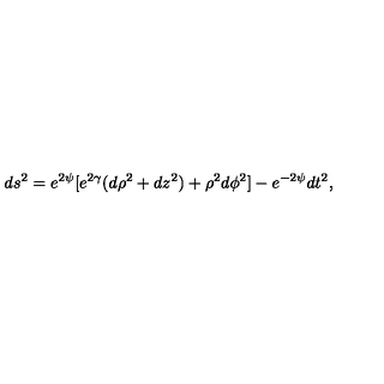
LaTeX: d s ^ { 2 } = e ^ { 2 \psi } [ e ^ { 2 \gamma } ( d \rho ^ { 2 } + d z ^ { 2 } ) + \rho ^ { 2 } d \phi ^ { 2 } ] - e ^ { - 2 \psi } d t ^ { 2 } ,